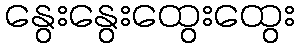
နွေးနွေးထွေးထွေး